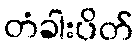
တံခါးပိတ်